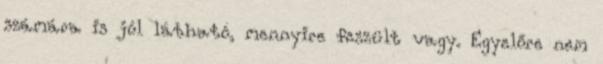
számára is jól látható, mennyire feszült vagy. Egyelőre nem